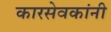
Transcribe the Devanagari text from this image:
कारसेवकांनी